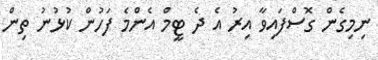
ނިމިގެން ގޮސްފައިވާ އިރު އެ ދެ ޓީމް އެންމެ ފަހުން ކުޅުނު ތިން